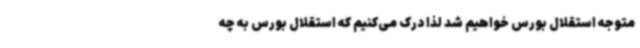
متوجه استقلال بورس خواهیم شد لذا درک می‌کنیم که استقلال بورس به چه